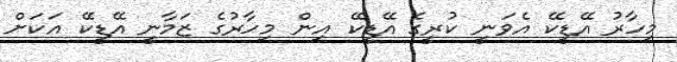
މިހާރު އޭޑީކޭ އެވަނީ ކުރީގެ އޭޑީކޭ އިން މިހާރުގެ ޒަމާނީ އޭޑީކޭ އަކަށް